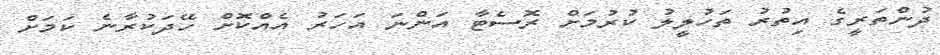
ދުންތަރީގެ އިތުރު ތަހުލީލު ކުރުމަށް ރޮސެޓާ އަންނަ އަހަރު އެއްކޮށް ހޭދަކުރާނެ ކަމަށް